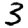
Digit: 3